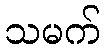
သမက်